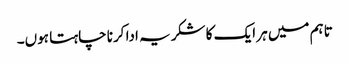
تاہم میں ہر ایک کا شکریہ ادا کرنا چاہتا ہوں۔